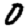
Digit: 0